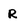
Character: R